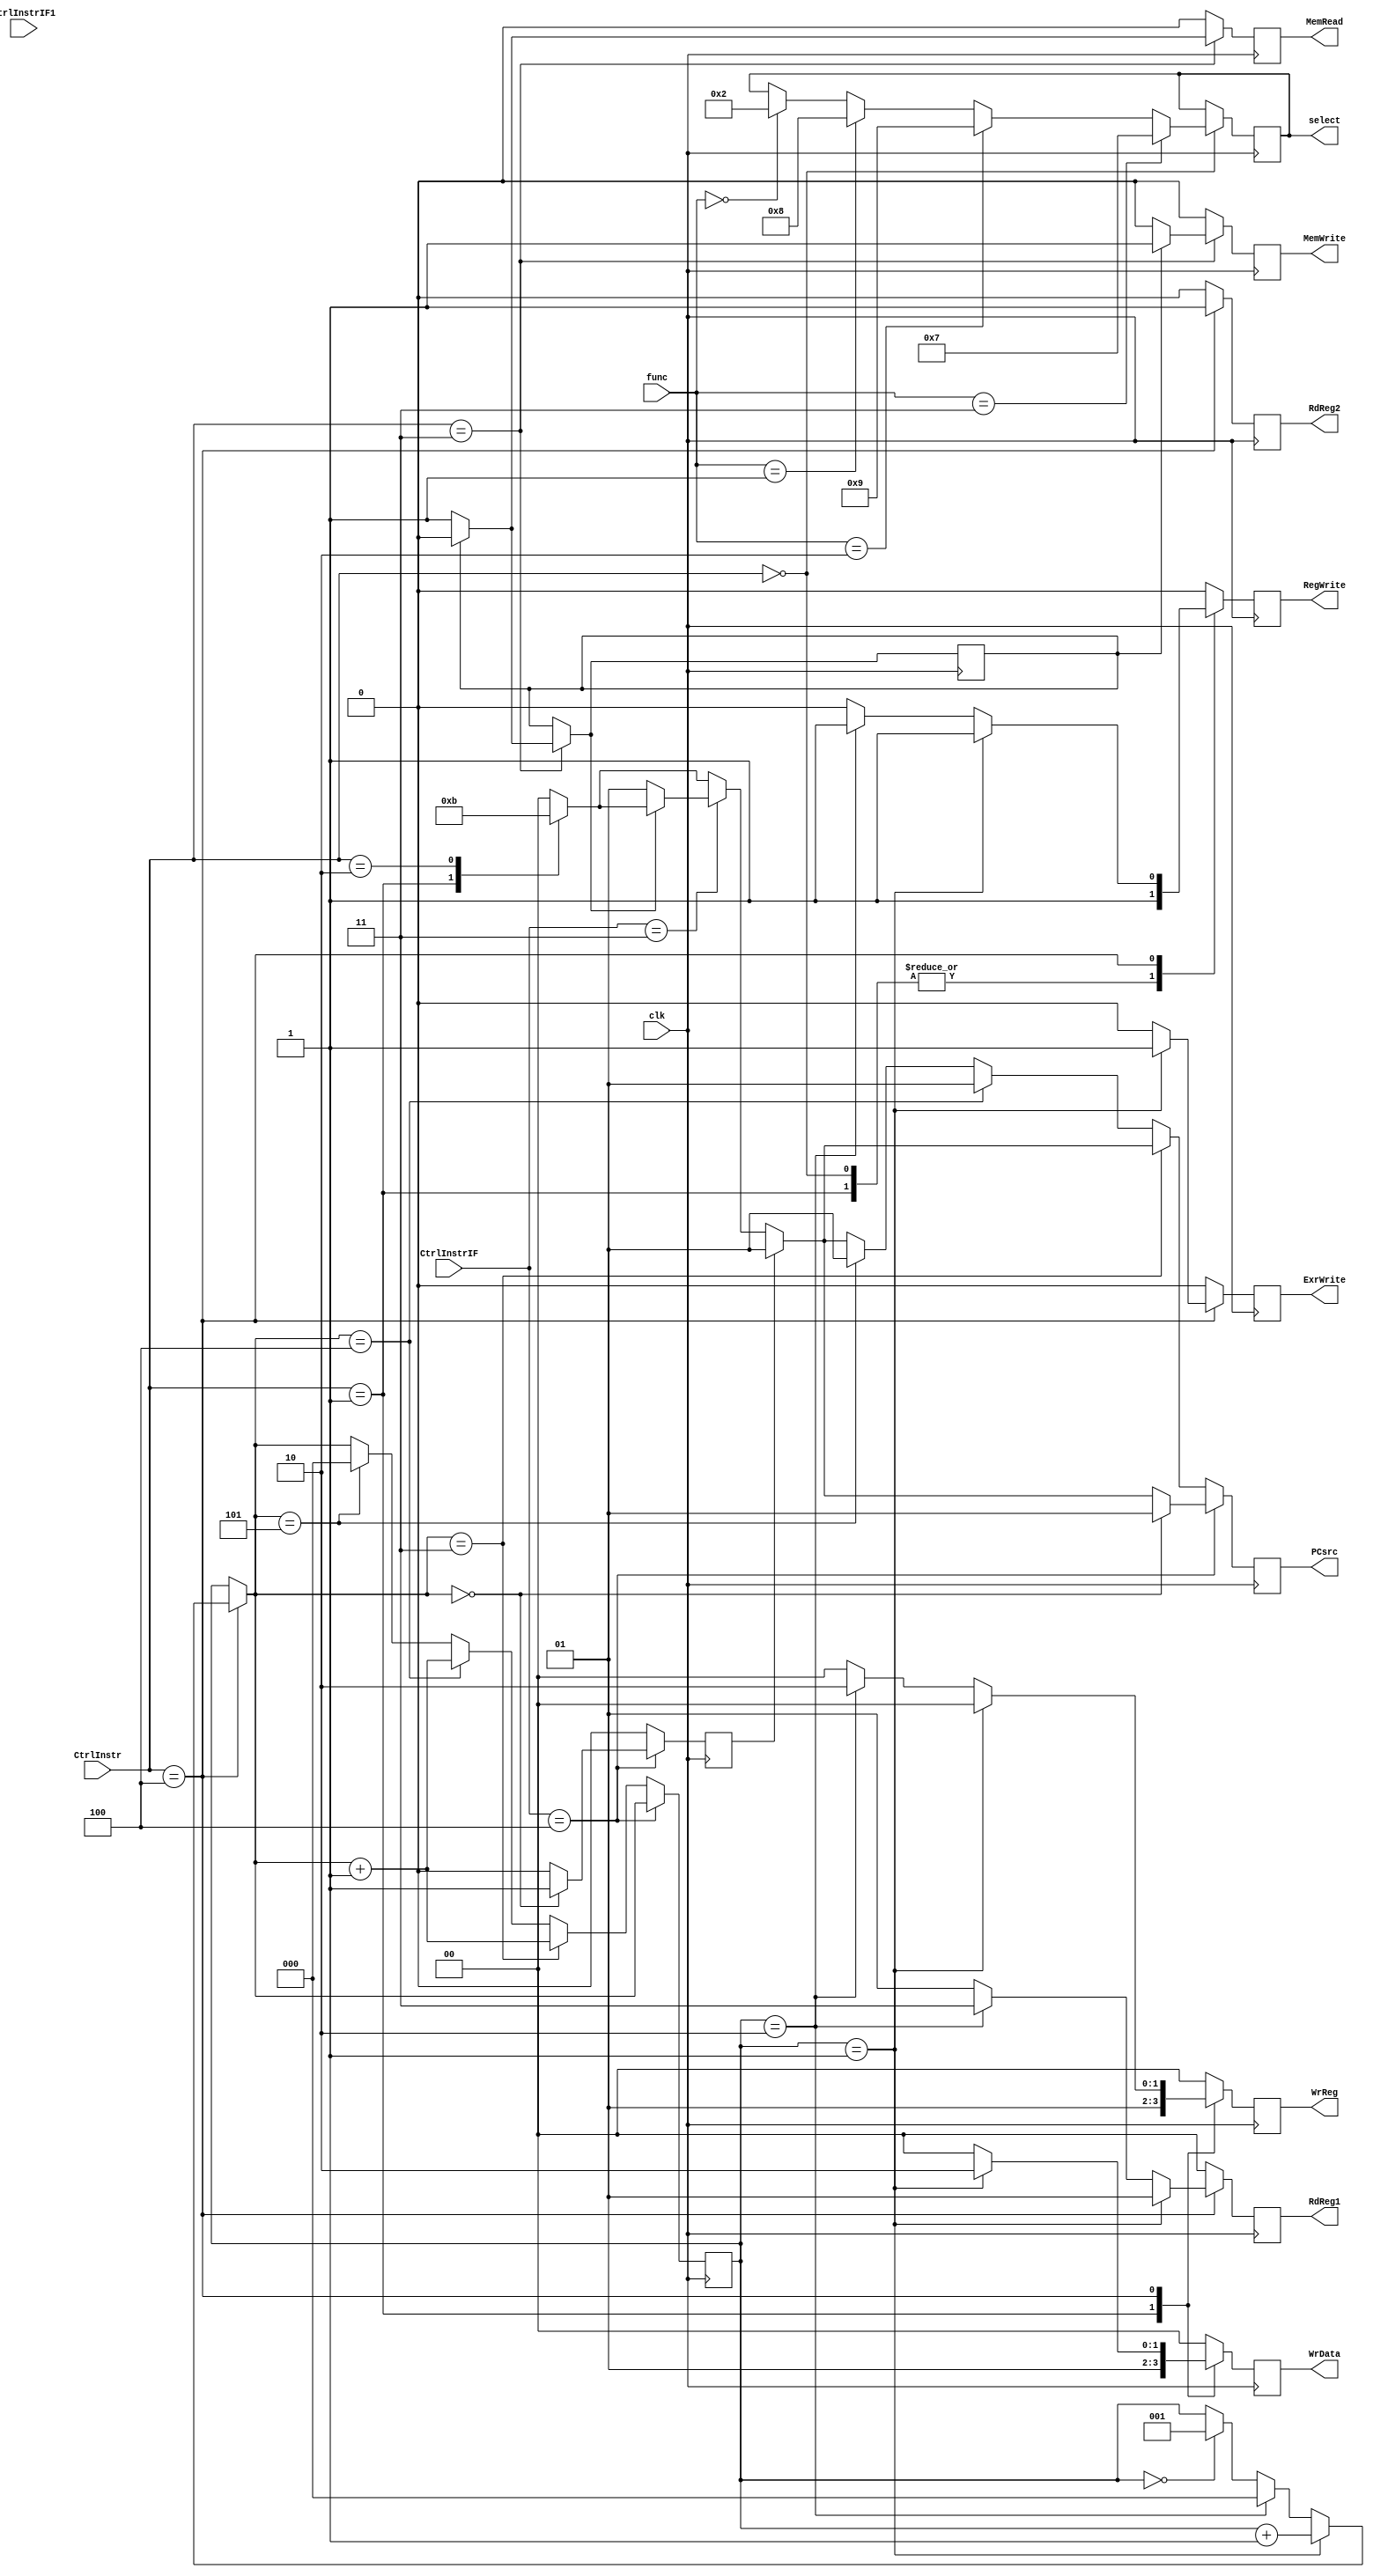
module ControlUnitMIPS (input [5:0]CtrlInstr,CtrlInstrIF,CtrlInstrIF1,func,input clk, output reg RegWrite,ExrWrite,RdReg2,MemWrite,MemRead, output reg [1:0]PCsrc,WrData,WrReg,RdReg1,output reg [4:0]select);
  localparam [5:0] Rtype=6'b000000, JL=6'b000001, Jr=6'b000010, Exm=6'b000011, Exr=6'b000100;
  reg [2:0] counterExr;
  reg counterExm,counterExr1;
  initial begin
    counterExm=1'b0;
    counterExr=3'b0;
    counterExr1=1'b0;
  end
  always @ (posedge clk) begin
      case(CtrlInstr)
        Rtype: begin
        RegWrite=1'b1;
        ExrWrite=1'b0;
        RdReg2=1'b0;
        MemWrite=1'b0;
        MemRead=1'b0;
        PCsrc=2'b00;
        WrData=2'b00;
        WrReg=2'b00;
        RdReg1=2'b00;
        if(func==6'b000000)begin
           select=5'b00010;
        end
    
        if(func==6'b000001)begin
            select=5'b01000;
         end
    
        if(func==6'b000010)begin
           select=5'b01001;
        end
    
        if(func==6'b000011)begin
           select=5'b00111;
        end
        end
        
        JL: begin
        RegWrite=1'b1;
        ExrWrite=1'b0;
        RdReg2=1'b0;
        MemWrite=1'b0;
        MemRead=1'b0;
        PCsrc=2'b10;
        WrData=2'b01;
        WrReg=2'b01;
        RdReg1=2'b00;
        end
        
        Jr: begin
        RegWrite=1'b0;
        ExrWrite=1'b0;
        RdReg2=1'b0;
        MemWrite=1'b0;
        MemRead=1'b0;
        PCsrc=2'b11;
        WrData=2'b00;
        WrReg=2'b00;
        RdReg1=2'b00;
        end
        
        Exm: begin
        RegWrite=1'b0;
        ExrWrite=1'b0;
        RdReg2=1'b0;
        MemWrite=1'b0;
        MemRead=1'b1;
        WrData=2'b00;
        WrReg=2'b00;
        RdReg1=2'b00;
        PCsrc=2'b00;
        if (counterExm==1'b1) begin
        RegWrite=1'b0;
        ExrWrite=1'b0;
        RdReg2=1'b0;
        MemWrite=1'b1;
        MemRead=1'b0;
        WrData=2'b00;
        WrReg=2'b00;
        RdReg1=2'b00;
        PCsrc=2'b00;
        counterExm=1'b0;
        end
      else if (counterExm==1'b0) begin
        counterExm=1'b1;
      end
        end
        
        Exr: begin
        RegWrite=1'b0;
        ExrWrite=1'b0;
        RdReg2=1'b1;
        MemWrite=1'b0;
        MemRead=1'b0;
        WrData=2'b00;
        WrReg=2'b00;
        RdReg1=2'b01;
        PCsrc=2'b00;
        if (counterExr==3'b001) begin
        RegWrite=1'b1;
        ExrWrite=1'b1;
        RdReg2=1'b1;
        MemWrite=1'b0;
        MemRead=1'b0;
        WrData=2'b10;
        WrReg=2'b00;
        RdReg1=2'b01;
        PCsrc=2'b00;
        counterExr=counterExr+1;
      end
      else if (counterExr==3'b010) begin
        RegWrite=1'b1;
        ExrWrite=1'b0;
        RdReg2=1'b1;
        MemWrite=1'b0;
        MemRead=1'b0;
        WrData=2'b00;
        WrReg=2'b10;
        RdReg1=2'b11;
        PCsrc=2'b00;
        counterExr=3'b000;
        end
      else if (counterExr==3'b000) begin
        counterExr=3'b001;
      end
        end
      
        default:begin
        RegWrite=1'b0;
        ExrWrite=1'b0;
        RdReg2=1'b0;
        MemWrite=1'b0;
        MemRead=1'b0;
        PCsrc=2'b00;
        WrData=2'b00;
        WrReg=2'b00;
        RdReg1=2'b00;
        end
     endcase
     if (CtrlInstrIF==6'b000011) begin
      if (counterExm==1'b0) begin
        PCsrc=2'b01;
        end
      end
      if (counterExr1==1'b1) begin
        PCsrc=2'b01;
        counterExr1=1'b0;
        end
      if (CtrlInstrIF==6'b000100) begin
      if (counterExr==3'b000) begin
        PCsrc=2'b01;
        counterExr1=1'b1;
        end
      end
  else if (counterExr==3'b011) counterExr=counterExr+1;
  else if (counterExr==3'b100) begin
  counterExr=counterExr+1;
  PCsrc=2'b01;
  end
  else if (counterExr==3'b101) begin 
  counterExr=3'b000;
  PCsrc=2'b01;
  end
    end
          endmodule
///////////////////////////////////////////////
module AluController (input [5:0]opcode,input clk,Aluop_en, output reg [4:0]select);
  localparam [5:0] Add=6'b000000, And=6'b000001, Or=6'b000010, Not=6'b000011;
  always @ (posedge clk) begin
    if (Aluop_en) begin
  case(opcode)
    Add: begin
      select=5'b00010;
    end
    
    And: begin
      select=5'b01000;
    end
    
    Or: begin
      select=5'b01001;
    end
    
    Not: begin
      select=5'b00111;
    end
  endcase
  end
  end
endmodule